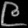
Digit: ၉